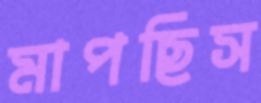
মাপছিস